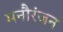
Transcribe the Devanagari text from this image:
मनौरंजन